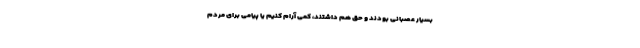
بسیار عصبانی بودند و حق هم داشتند، کمی آرام کنیم یا پیامی برای مردم